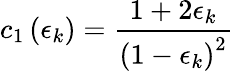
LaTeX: c_{1}\left(\epsilon_{k}\right)=\frac{1+2\epsilon_{k}}{\left(1-\epsilon_{k}\right)^{2}}